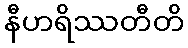
နီဟရိဿတီတိ